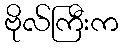
ဗိုလ်ကြီးက